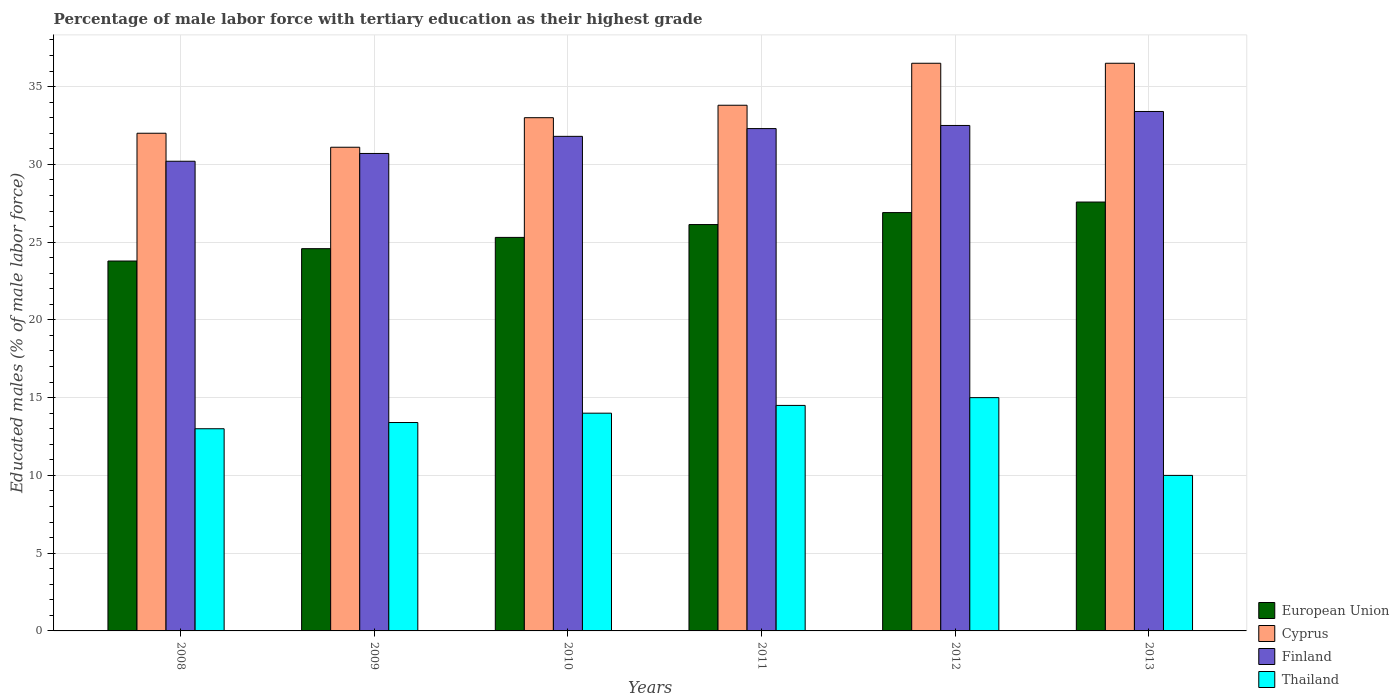
| Years | European Union | Cyprus | Finland | Thailand |
 | --- | --- | --- | --- | --- |
 | 2008 | 23.8 | 32 | 30.2 | 13 |
 | 2009 | 24.6 | 31.1 | 30.7 | 13.4 |
 | 2010 | 25.3 | 33 | 31.8 | 14 |
 | 2011 | 26.1 | 33.8 | 32.3 | 14.5 |
 | 2012 | 26.9 | 36.5 | 32.5 | 15 |
 | 2013 | 27.6 | 36.5 | 33.4 | 10 |